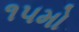
૧૫મો